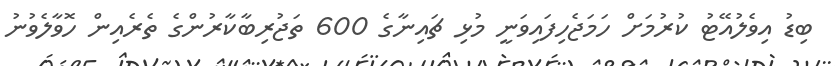
ބިޑު އިވެލުއޭޓު ކުރުމަށް ހަމަޖެހިފައިވަނީ މުޅި ޗައިނާގެ 600 ތަޖުރިބާކާރުންގެ ތެރެއިން ހޮވާލެވުނު